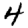
Digit: 4